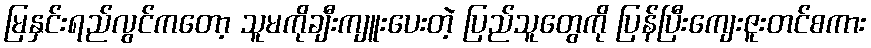
မြနှင်းရည်လွင်ကတော့ သူမကိုချီးကျူးပေးတဲ့ ပြည်သူတွေကို ပြန်ပြီးကျေးဇူးတင်စကား